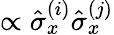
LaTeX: \propto\hat{\sigma}_{x}^{(i)}\hat{\sigma}_{x}^{(j)}